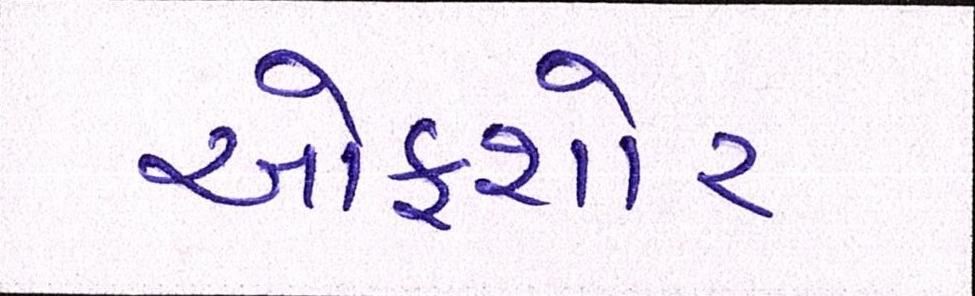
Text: ઓફશોર